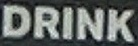
DRINK